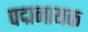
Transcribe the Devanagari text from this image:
पद्मनायक